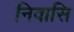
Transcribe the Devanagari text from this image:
निवासि